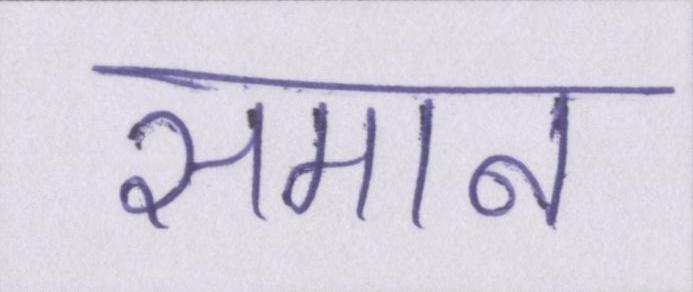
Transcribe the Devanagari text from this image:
समान